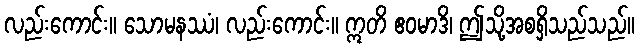
လည်းကောင်း။ သောမနဿံ၊ လည်းကောင်း။ ဣတိ ဧဝမာဒိ၊ ဤသို့အစရှိသည်သည်။